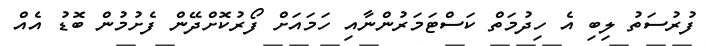
ފުރުސަތު ލިބި އެ ހިދުމަތް ކަސްޓަމަރުންނާއި ހަމައަށް ފޯރުކޮށްދޭން ފެށުމުން ބޮޑު އެއް